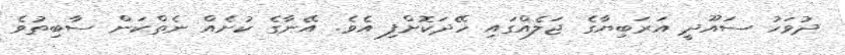
ދުވަހު ސައޫދީ އަރަބިޔާގެ ޖަލެއްގައި ހޭދަކޮށްފި އެވެ. އޭނާގެ ކުށެއް ނެތްކަން ސާބިތުވެ